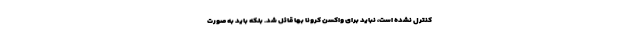
کنترل نشده است، نباید برای واکسن کرونا بها قائل شد. بلکه باید به صورت